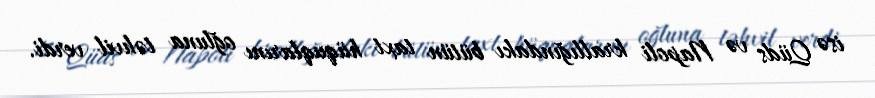
isə Qüds və Napoli krallığındakı bütün taxt hüquqlarını oğluna təhvil verdi.